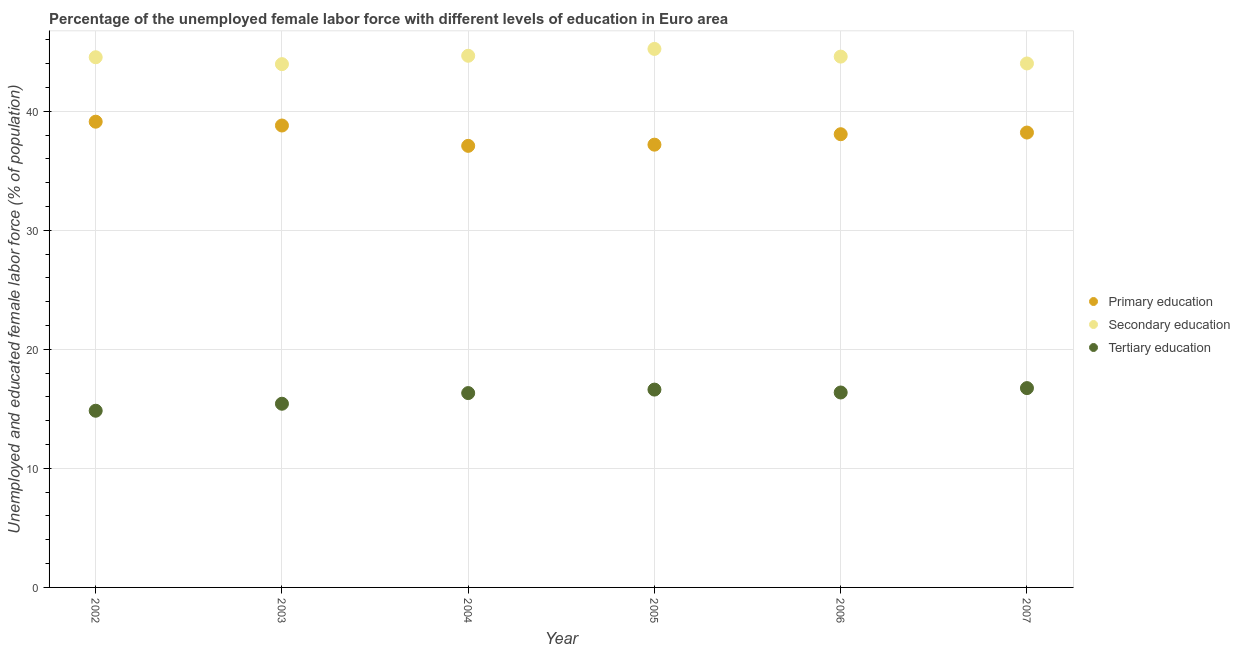
| Year | Primary education | Secondary education | Tertiary education |
 | --- | --- | --- | --- |
 | 2002 | 39.1 | 44.5 | 14.8 |
 | 2003 | 38.8 | 44 | 15.4 |
 | 2004 | 37.1 | 44.7 | 16.3 |
 | 2005 | 37.2 | 45.2 | 16.6 |
 | 2006 | 38.1 | 44.6 | 16.4 |
 | 2007 | 38.2 | 44 | 16.7 |